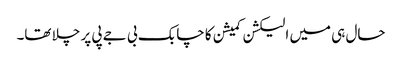
حال ہی میں الیکشن کمیشن کا چابک بی جے پی پر چلا تھا۔